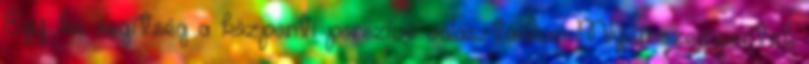
Egy kis segítség a központi porszívó választásban Milyen szempontok